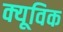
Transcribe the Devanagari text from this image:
क्यूविक